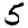
Digit: 5